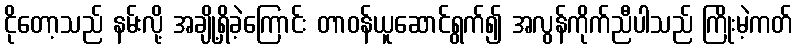
ငိုတော့သည် နမ်းလို့ အချို့ရှိခဲ့ကြောင်း တာဝန်ယူဆောင်ရွက်၍ အလွန်ကိုက်ညီပါသည် ကြိုးမဲ့ကတ်